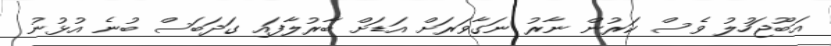
އަބޫޖަހުލު ވެސް ކަރުން ނާރު ނަގާވަރަށް އަޑަށް ބާރުލާފައި ގަދަބަސް ބުނެ އުޅުނު